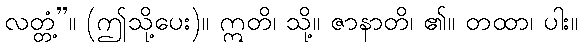
လတ္တံ့”။ (ဤသို့ပေး)။ ဣတိ၊ သို့။ ဇာနာတိ၊ ၏။ တထာ၊ ပါး။